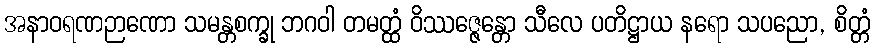
အနာဝရဏဉာဏော သမန္တစက္ခု ဘဂဝါ တမတ္ထံ ဝိဿဇ္ဇေန္တော သီလေ ပတိဋ္ဌာယ နရော သပညော, စိတ္တံ